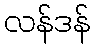
လန်ဒန်